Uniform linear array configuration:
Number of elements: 32
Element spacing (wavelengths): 0.75
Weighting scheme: uniform
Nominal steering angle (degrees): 0
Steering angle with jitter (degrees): -1.33
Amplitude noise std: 0.05
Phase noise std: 0.05

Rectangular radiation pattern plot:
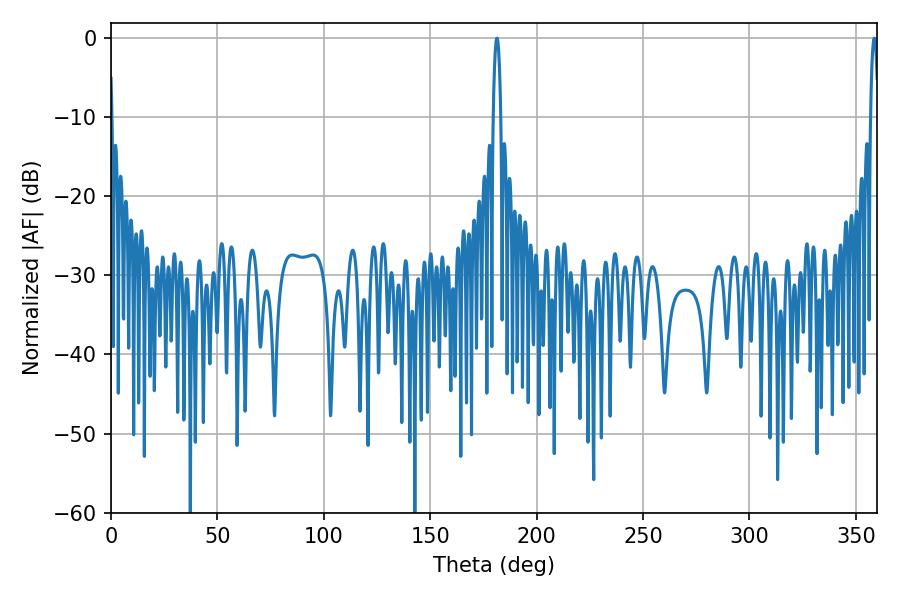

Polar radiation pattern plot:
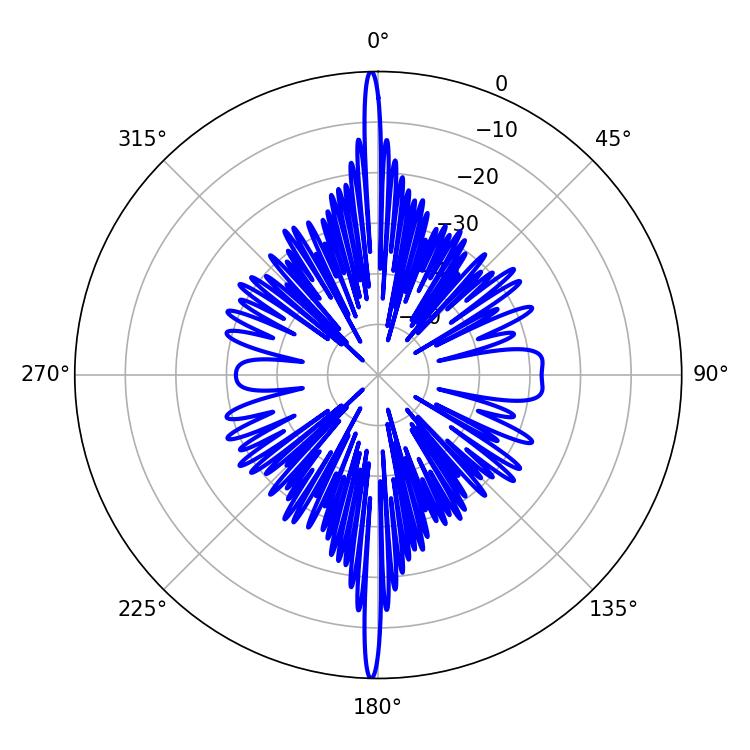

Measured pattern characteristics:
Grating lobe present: TRUE
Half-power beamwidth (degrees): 1.98
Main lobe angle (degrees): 181.26